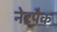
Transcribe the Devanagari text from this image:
नेटपैक